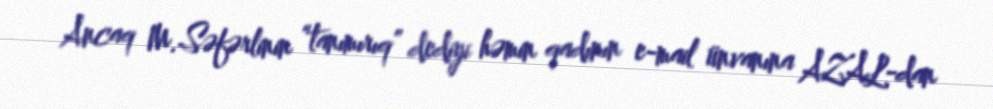
Ancaq M.Səfərlinin “tanımırıq” dediyi həmin qadının e-mail ünvanına AZAL-dan